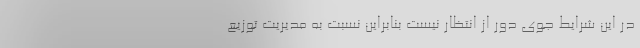
در این شرایط جوی دور از انتظار نیست بنابراین نسبت به مدیریت توزیع